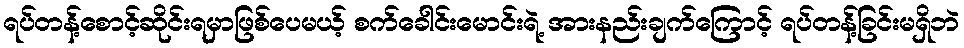
ရပ်တန့်စောင့်ဆိုင်းရမှာဖြစ်ပေမယ့် စက်ခေါင်းမောင်းရဲ့ အားနည်းချက်ကြောင့် ရပ်တန့်ခြင်းမရှိဘဲ